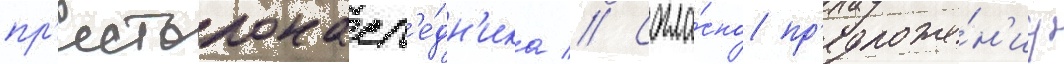
пр'естолонасл'е́дн'ика // Согла́сно пр'едложе́н'иу